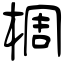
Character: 椆